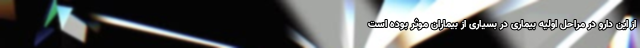
از این دارو در مراحل اولیه بیماری در بسیاری از بیماران موثر بوده است